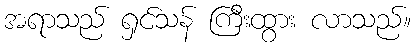
အရာသည် ရှင်သန် ကြီးထွား လာသည်။